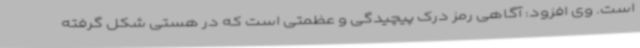
است. وی افزود: آگاهی رمز درک پیچیدگی و عظمتی است که در هستی شکل گرفته